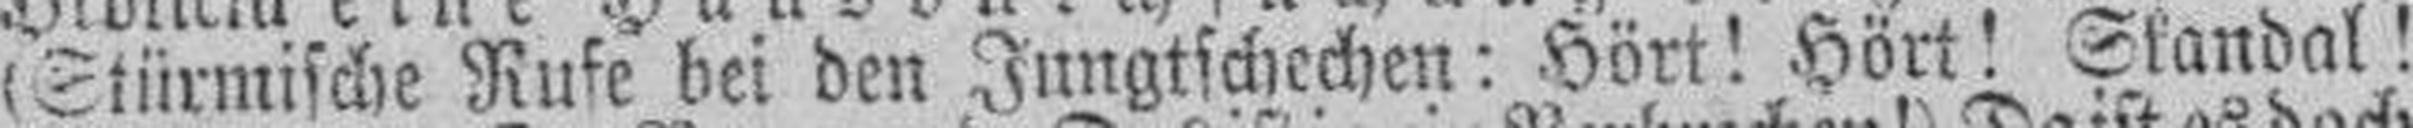
(Stürmische Rufe bei den Jungtschechen: Hört! Hört! Skandal!